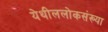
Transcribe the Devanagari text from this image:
येथीललोकसंख्या